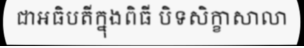
ជាអធិបតីក្នុងពិធី បិទសិក្ខាសាលា